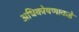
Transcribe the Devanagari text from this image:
अधिकोषणाकडे